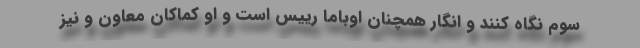
سوم نگاه کنند و انگار همچنان اوباما رییس است و او کماکان معاون و نیز